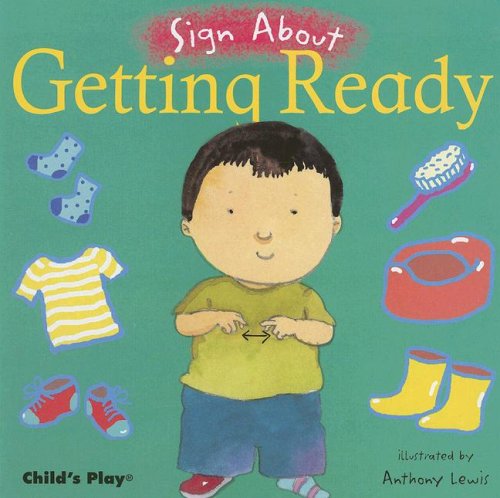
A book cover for Getting Ready (Sign about); Self-Help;